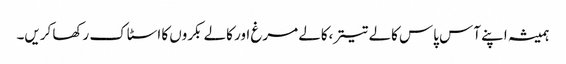
ہمیشہ اپنے آس پاس کالے تیتر،کالے مرغ اور کالے بکروں کا اسٹاک رکھا کریں۔